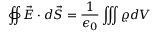
\oiint \vec { E } \cdot d \vec { S } = \frac { 1 } { \epsilon _ { 0 } } \iiint \varrho d V